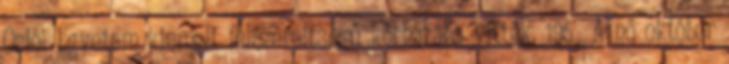
Oslói Egyetem kiemelt felszereltségű kórházába vitték. 195 A nő október